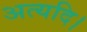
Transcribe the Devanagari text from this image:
अत्यदि।